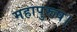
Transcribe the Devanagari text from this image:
महापुरूष।